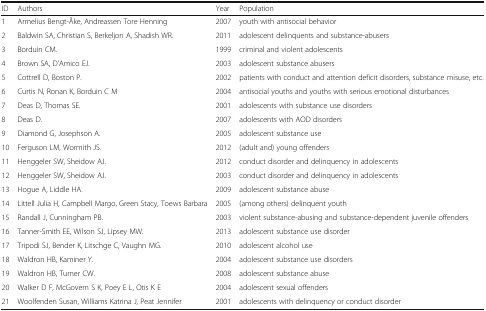
| ID | Authors | Year | Population |
 | --- | --- | --- | --- |
 | 1 | Armelius Bengt-Åke, Andreassen Tore Henning | 2007 | youth with antisocial behavior |
 | 2 | Baldwin SA, Christian S, Berkeljon A, Shadish WR. | 2011 | adolescent delinquents and substance-abusers |
 | 3 | Borduin CM. | 1999 | criminal and violent adolescents |
 | 4 | Brown SA, D'Amico EJ. | 2003 | adolescent substance abusers |
 | 5 | Cottrell D, Boston P. | 2002 | patients with conduct and attention deficit disorders, substance misuse, etc. |
 | 6 | Curtis N, Ronan K, Borduin C M | 2004 | antisocial youths and youths with serious emotional disturbances |
 | 7 | Deas D, Thomas SE. | 2001 | adolescents with substance use disorders |
 | 8 | Deas D. | 2007 | adolescents with AOD disorders |
 | 9 | Diamond G, Josephson A. | 2005 | adolescent substance use |
 | 10 | Ferguson LM, Wormith JS. | 2012 | (adult and) young offenders |
 | 11 | Henggeler SW, Sheidow AJ. | 2012 | conduct disorder and delinquency in adolescents |
 | 12 | Henggeler SW, Sheidow AJ. | 2003 | conduct disorder and delinquency in adolescents |
 | 13 | Hogue A, Liddle HA. | 2009 | adolescent substance abuse |
 | 14 | Littell Julia H, Campbell Margo, Green Stacy, Toews Barbara | 2005 | (among others) delinquent youth |
 | 15 | Randall J, Cunningham PB. | 2003 | violent substance-abusing and substance-dependent juvenile offenders |
 | 16 | Tanner-Smith EE, Wilson SJ, Lipsey MW. | 2013 | adolescent substance use disorder |
 | 17 | Tripodi SJ, Bender K, Litschge C, Vaughn MG. | 2010 | adolescent alcohol use |
 | 18 | Waldron HB, Kaminer Y. | 2004 | adolescent substance use disorders |
 | 19 | Waldron HB, Turner CW. | 2008 | adolescent substance abuse |
 | 20 | Walker D F, McGovern S K, Poey E L, Otis K E | 2004 | adolescent sexual offenders |
 | 21 | Woolfenden Susan, Williams Katrina J, Peat Jennifer | 2001 | adolescents with delinquency or conduct disorder |